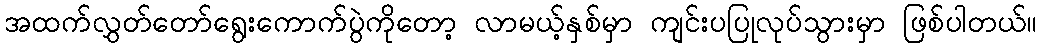
အထက်လွှတ်တော်ရွေးကောက်ပွဲကိုတော့ လာမယ့်နှစ်မှာ ကျင်းပပြုလုပ်သွားမှာ ဖြစ်ပါတယ်။